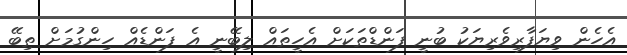
އެހެން ވިޔަފާރިވެރިޔަކު ބުނީ ފަންޑްތަކަށް އެހީތައް ލިބޭނީ އެ ފަންޑެއް ހިންގުމަށް ތިބޭ